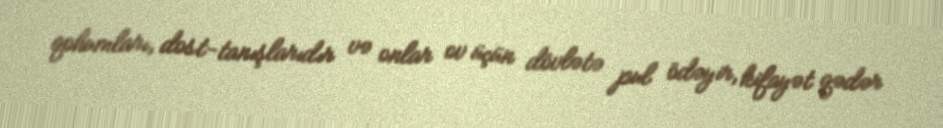
qohumları, dost-tanışlarıdır və onlar ov üçün dövlətə pul ödəyir, kifayət qədər